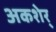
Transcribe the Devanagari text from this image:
अकशेर्